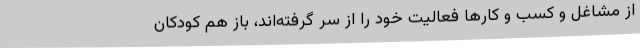
از مشاغل و کسب و کارها فعالیت خود را از سر گرفته‌اند، باز هم کودکان‌